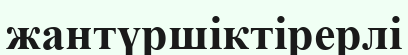
жантүршіктірерлі